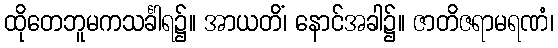
ထိုတေဘူမကသင်္ခါရ၌။ အာယတိံ၊ နောင်အခါ၌။ ဇာတိဇရာမရဏံ၊